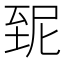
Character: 𦤽